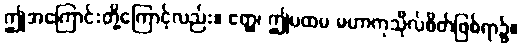
ဤအကြောင်းတို့ကြောင့်လည်း။ ဧတ္ထ၊ ဤပထမ မဟာကုသိုလ်စိတ်ဖြစ်ရာ၌။